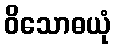
ဝိသောဓယုံ